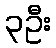
၃ဦး